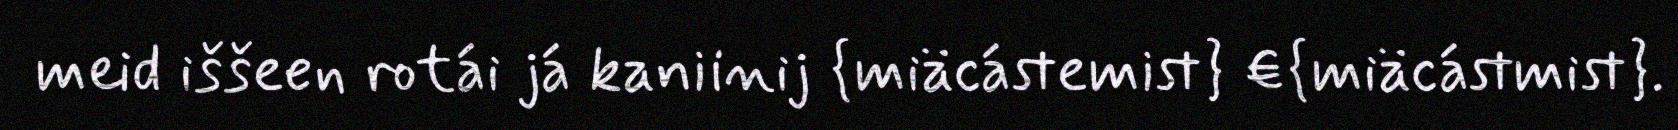
meid iššeen rotái já kaniinij {miäcástemist} €{miäcástmist}.